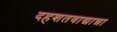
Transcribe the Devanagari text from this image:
दहशतवाद्यान्ना